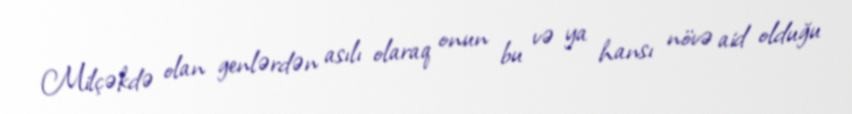
Milçəkdə olan genlərdən asılı olaraq onun bu və ya hansı növə aid olduğu